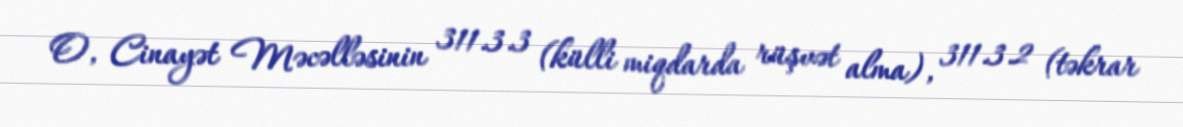
O, Cinayət Məcəlləsinin 311.3.3 (külli miqdarda rüşvət alma), 311.3.2 (təkrar